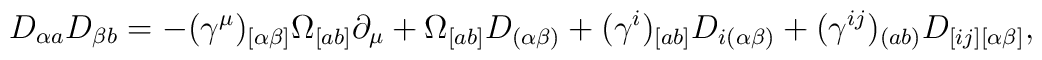
D_{\alpha  a }D_{\beta  b  }=-(\gamma^\mu)_{[\alpha \beta]} \Omega_{[ a  b  ]}\partial_\mu+ \Omega_{[ a   b  ]} D_{(\alpha\beta)}+(\gamma^i)_{[ a   b  ]} D_{i(\alpha \beta)}+(\gamma^{ij})_{( a   b  )} D_{[ij][\alpha \beta]},